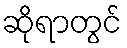
ဆိုရာတွင်